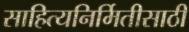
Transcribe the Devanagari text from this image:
साहित्यनिर्मितीसाठी